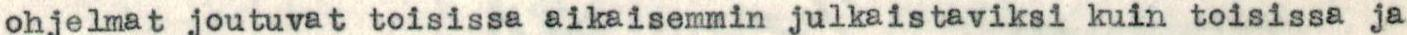
ohjelmat joutuvat toisissa aikaisemmin julkaistaviksi kuin toisissa ja